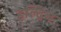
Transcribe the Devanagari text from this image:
हल्द्रिच